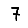
Digit: 7